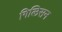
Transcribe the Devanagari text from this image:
गिलिसन